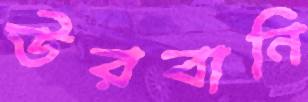
উরবানি